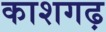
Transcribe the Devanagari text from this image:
काशगढ़